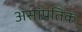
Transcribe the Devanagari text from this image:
असांप्रतिक